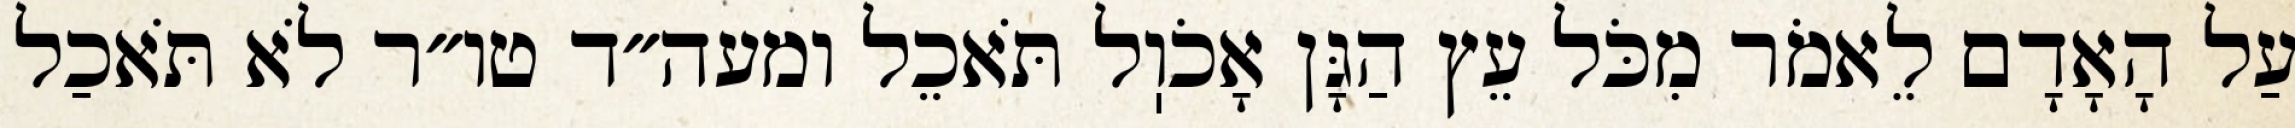
עַל הָאָדָם לֵאמֹר מִכֹּל עֵץ הַגָּן אָכֹוֽל תֹּאכֵל ומעה״ד טו״ר לֹא תֹּאכַל